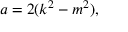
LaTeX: a = 2 ( k ^ { 2 } - m ^ { 2 } ) ,